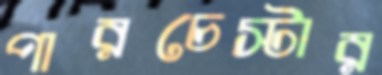
পারচেস্টার